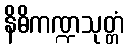
နိဓိကဏ္ဍသုတ္တံ